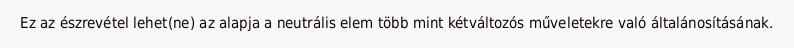
Ez az észrevétel lehet(ne) az alapja a neutrális elem több mint kétváltozós műveletekre való általánosításának.